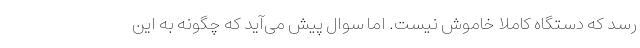
رسد که دستگاه کاملاً خاموش نیست. اما سوال پیش می‌آید که چگونه به این